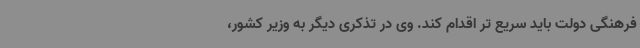
فرهنگی دولت باید سریع تر اقدام کند. وی در تذکری دیگر به وزیر کشور،